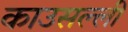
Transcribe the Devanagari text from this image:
काउसल्ली